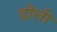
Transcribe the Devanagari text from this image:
डॊली